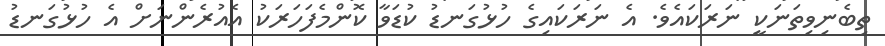
ތިބެނިވިތަނަކީ ނަރަކައެވެ. އެ ނަރަކައިގެ ހުޅުގަނޑު ކުޑަވާ ކޮންމެފަހަރަކު އެއުރެންނަށް އެ ހުޅުގަނޑު